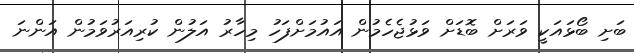
ބަށި ބޯޅައަކީ ވަރަށް ބޮޑަށް ވަޅުޖެހެމުން އައުމަށްފަހު މިހާރު އަލުން ކުރިއަރުވަމުން އަންނަ